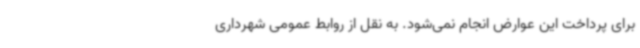
برای پرداخت این عوارض انجام نمی‌شود. به نقل از روابط عمومی شهرداری